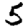
Digit: 5